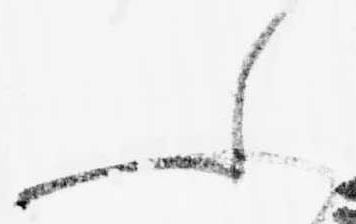
ふ